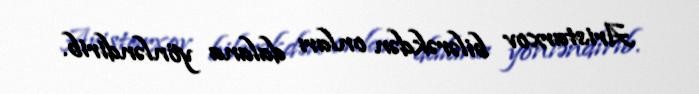
Aristarxov bilərəkdən onları dalana yönləndirib.